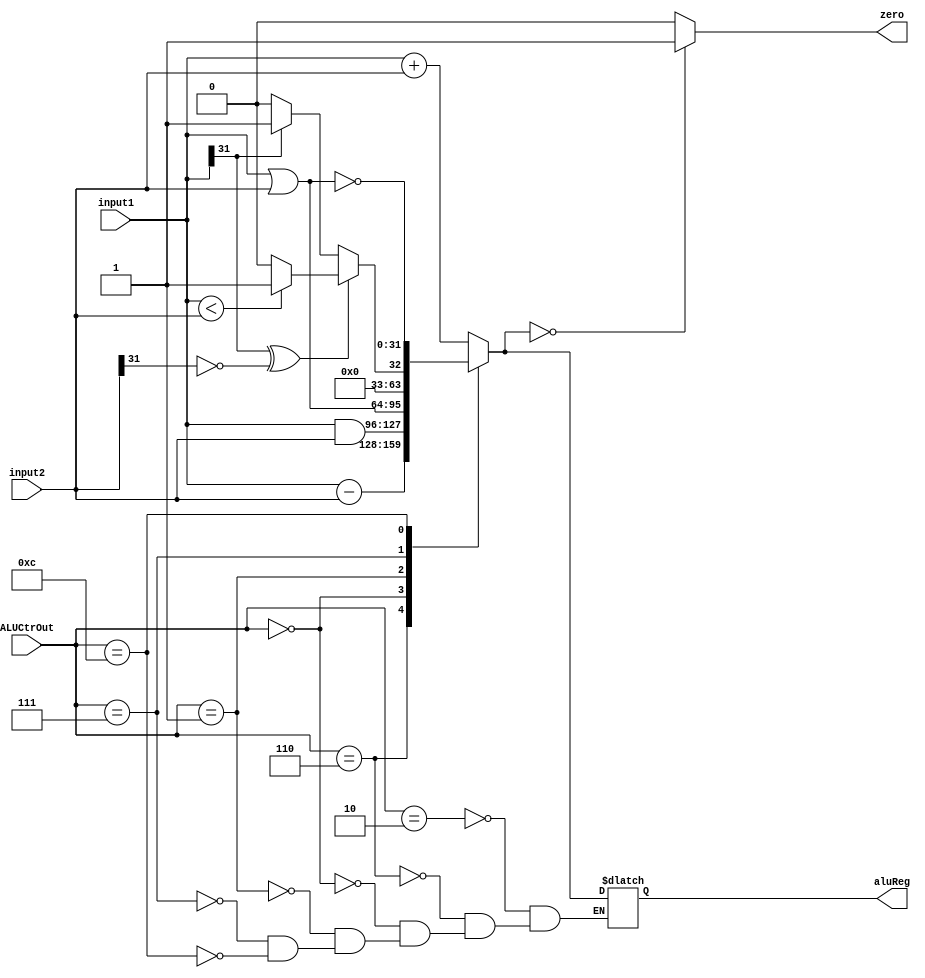
module ALU(
    input [31:0] input1,
    input [31:0] input2,
    input [3:0] ALUCtrOut,
    output zero,
    output [31:0] aluReg
    );
    reg zero;
    reg [31:0] aluReg;
    
    always @ (input1 or input2 or ALUCtrOut)
    begin
        case (ALUCtrOut)
        4'b0010:aluReg=input1+input2;//add
        4'b0110://sub
        begin
            aluReg=input1-input2;
        end
        4'b0000:aluReg=input1&input2;//and
        4'b0001:aluReg=input1|input2;//or
        4'b0111://slt
        begin
            if(input1[31]^input2[31]==0) aluReg=(input1<input2)?1:0;
            else aluReg=(input1[31]==1)?1:0;
        end
        4'b1100:aluReg=~(input1|input2);//nor
        endcase
        if (aluReg==0)
            zero=1;
        else
            zero=0;
    end
endmodule